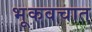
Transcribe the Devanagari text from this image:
भूकवचात